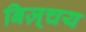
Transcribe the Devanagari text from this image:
बिज़्चय